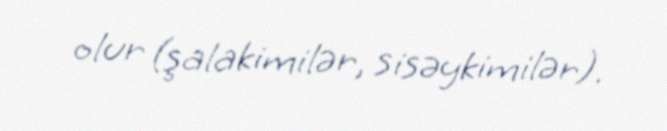
olur (şalakimilər, sisəykimilər).